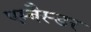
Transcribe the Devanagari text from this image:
एम्बैस्डर